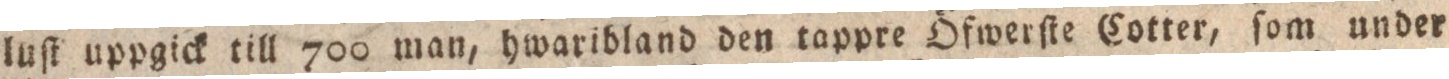
luſt uppgick till 700 man, hwaribland den tappre Öfwerſte Cotter, ſom under